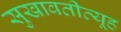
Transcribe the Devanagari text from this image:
सुखावतीव्यूह